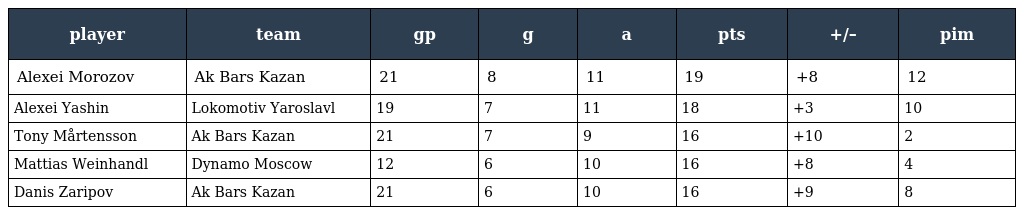
| player | team | gp | g | a | pts | +/– | pim |
 | --- | --- | --- | --- | --- | --- | --- | --- |
 | Alexei Morozov | Ak Bars Kazan | 21 | 8 | 11 | 19 | +8 | 12 |
 | Alexei Yashin | Lokomotiv Yaroslavl | 19 | 7 | 11 | 18 | +3 | 10 |
 | Tony Mårtensson | Ak Bars Kazan | 21 | 7 | 9 | 16 | +10 | 2 |
 | Mattias Weinhandl | Dynamo Moscow | 12 | 6 | 10 | 16 | +8 | 4 |
 | Danis Zaripov | Ak Bars Kazan | 21 | 6 | 10 | 16 | +9 | 8 |